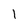
Character: 1